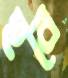
হবে